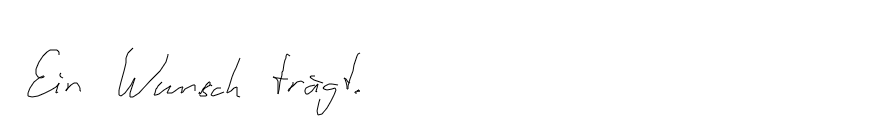
Ein Wunsch trägt.